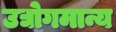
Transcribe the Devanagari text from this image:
उद्योगमान्य